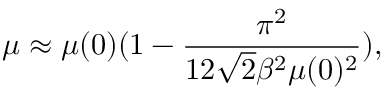
\mu \approx \mu ( 0 ) ( 1 - \frac { \pi ^ { 2 } } { 1 2 \sqrt { 2 } \beta ^ { 2 } \mu ( 0 ) ^ { 2 } } ) ,